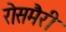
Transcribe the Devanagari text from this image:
रोसमैरी